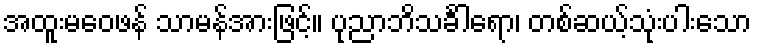
အထူးမဝေဖန် သာမန်အားဖြင့်။ ပုညာဘိသင်္ခါရော၊ တစ်ဆယ့်သုံးပါးသော